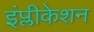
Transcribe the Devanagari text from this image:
इंप्लीकेशन